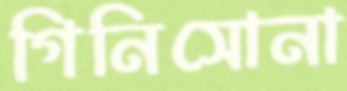
গিনিসোনা